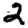
Digit: 2